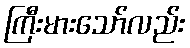
ကြီးမားသော်လည်း